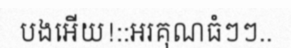
បងអើយ!::អរគុណធំៗៗ..